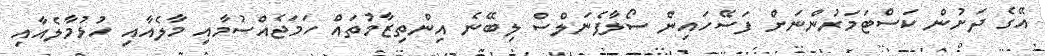
އޭގެ ދަށުން ކަސްޓަމަރުންނަށް ފަސޭހައިން ސޯލާޕެނަލްސް ލިބޭނެ އިންތިޒާމުތައް ހަމަޖެއްސުމާއި މާލެއާއި ހުޅުމާލެއާއި